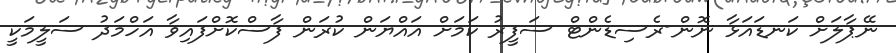
ނޭޕާލަށް ކަނޑައަޅާ ނޮން-ރެސިޑެންޓް ސަފީރު ކަމަށް އައްޔަން ކުރަން ފާސްކޮށްފައިވާ އަހްމަދު ސަލީމަކީ